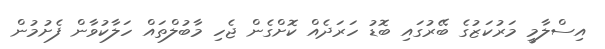
އިސްލާމީ މަރުކަޒުގެ ބޭރުގައި ބޮޑު ހަރަދެއް ކޮށްގެން ޖެހި މާބުލްތައް ހަލާކުވާން ފެށުމުން